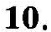
10.